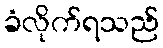
ခံလိုက်ရသည်